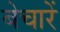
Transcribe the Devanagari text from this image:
बेचारें